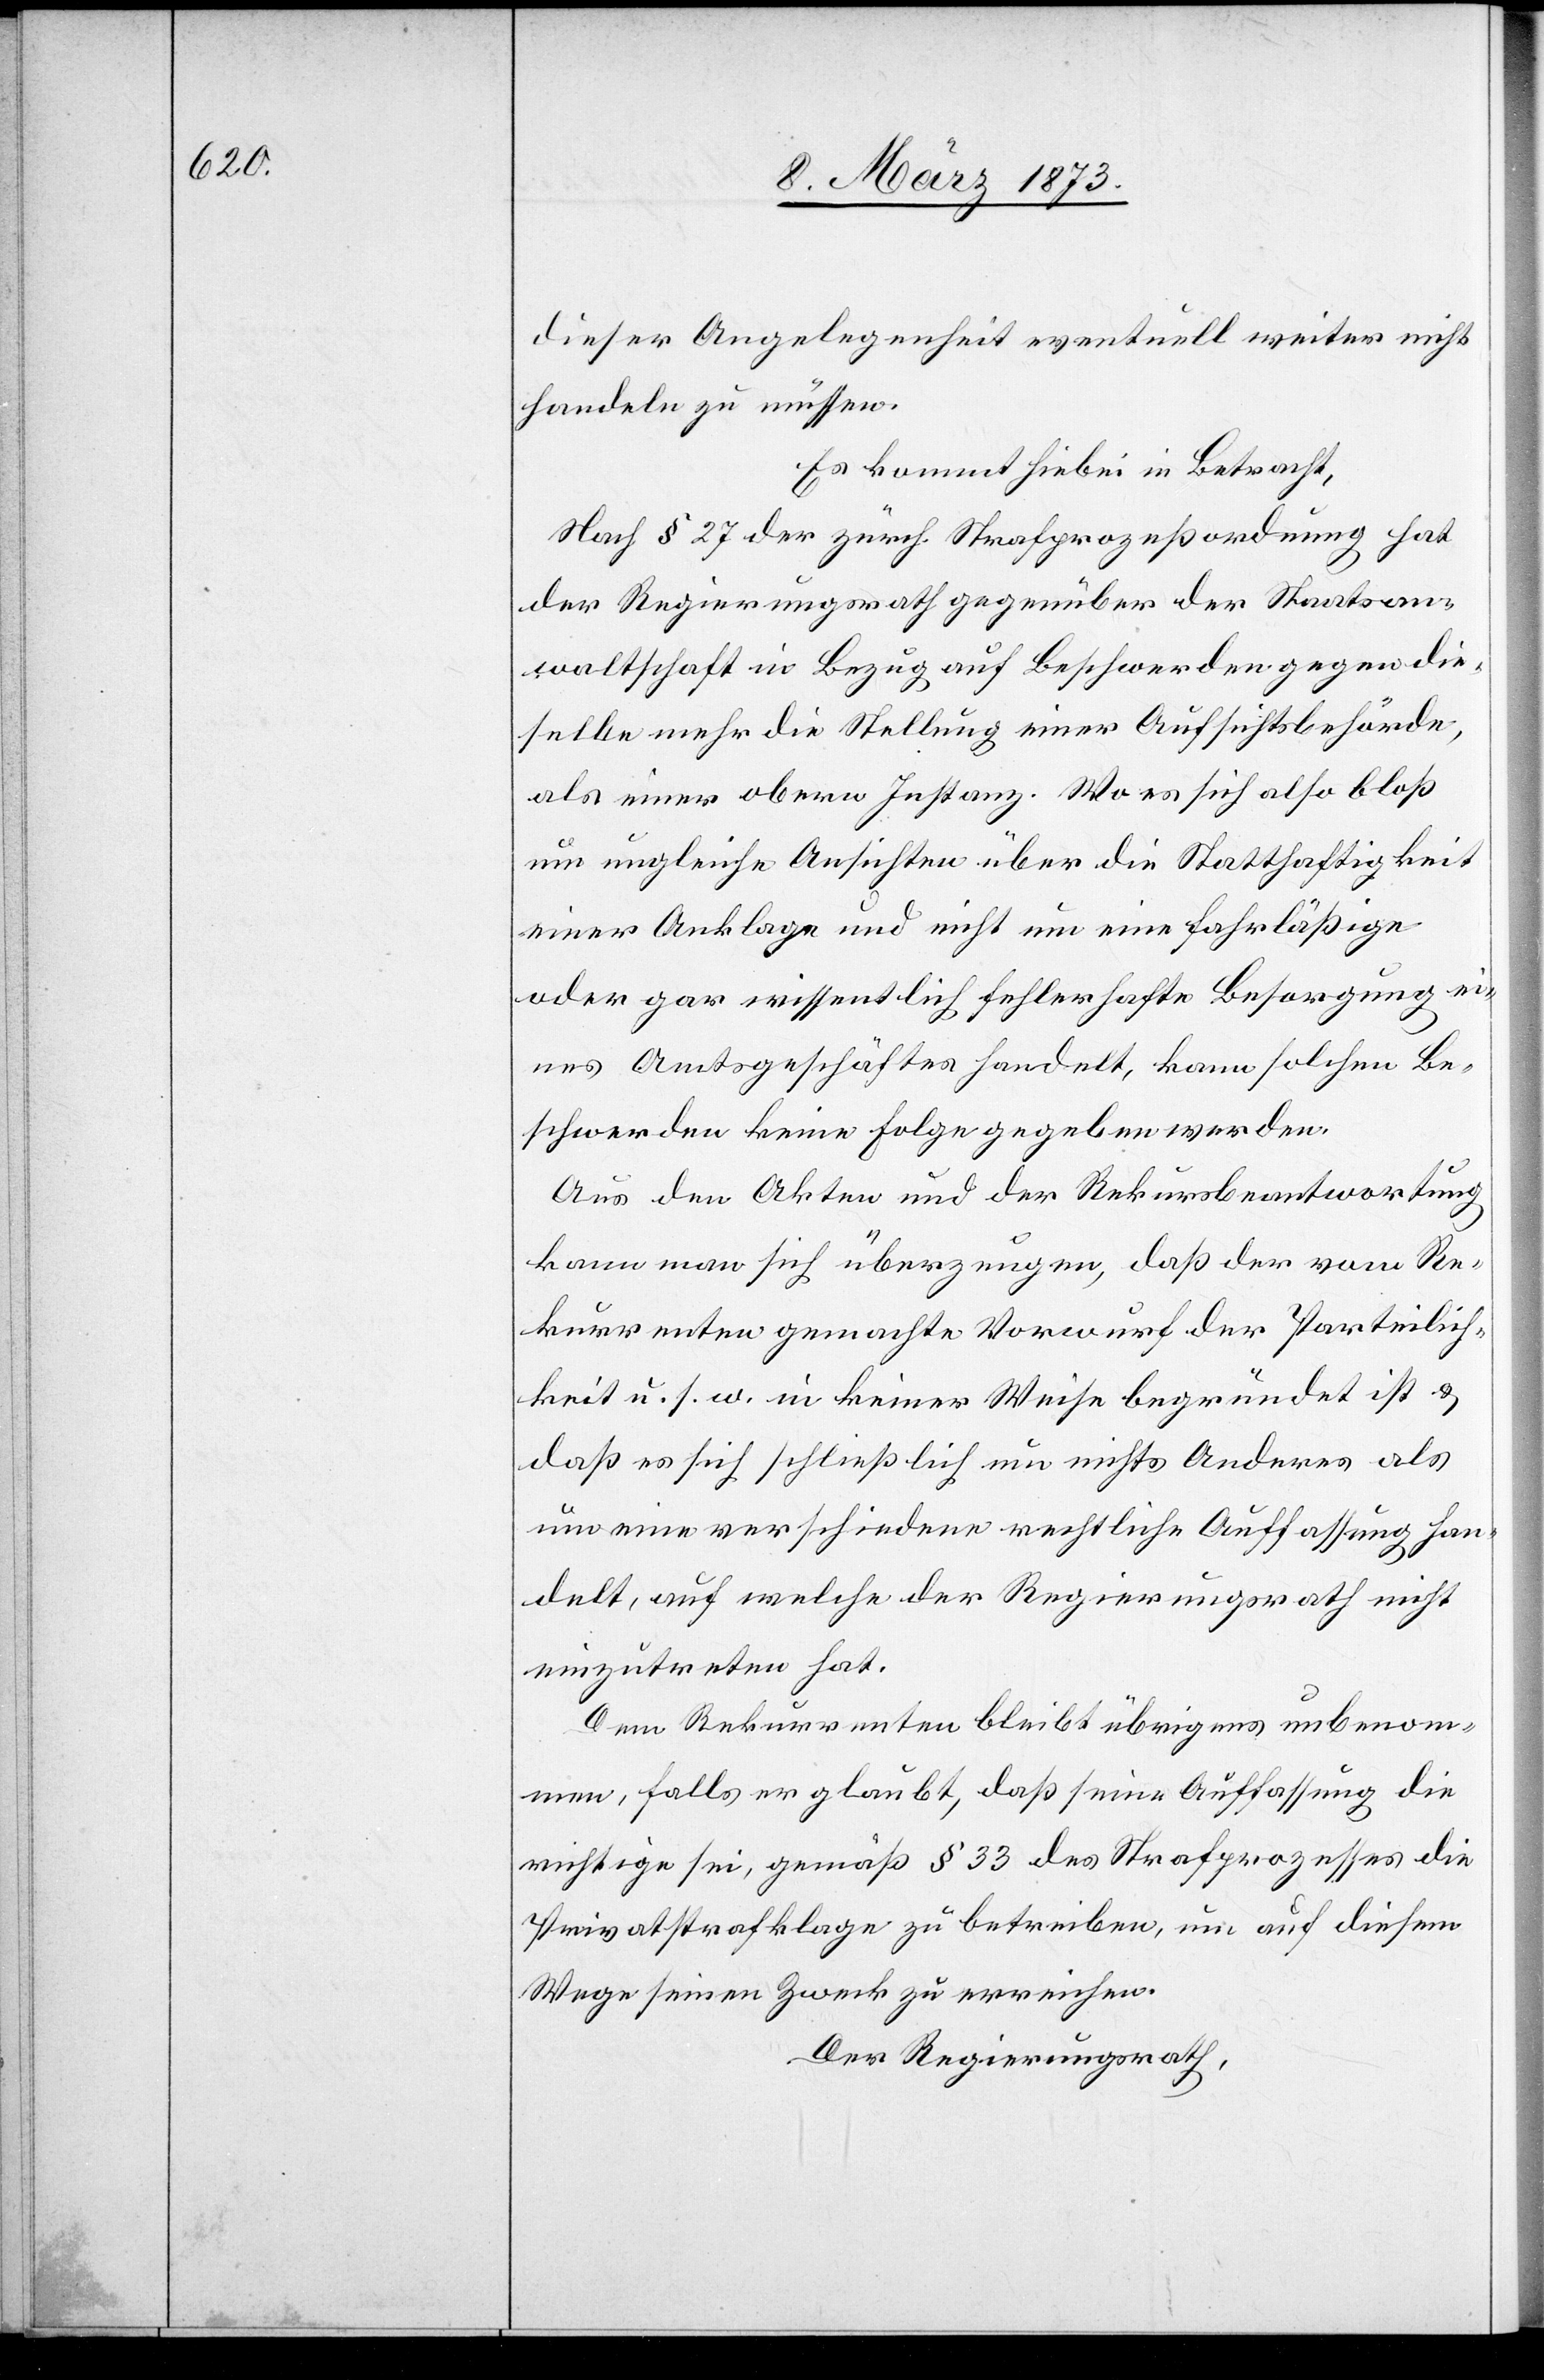
dieser Angelegenheit eventuell weiter nicht
handeln zu müssen.
Es kommt hiebei in Betracht,
Nach § 27 der zürch. Strafprozeßordnung hat
der Regierungsrath gegenüber der Staatsan¬
waltschaft in Bezug auf Beschwerden gegen die¬
selbe mehr die Stellung einer Aufsichtsbehörde,
als einer obern Instanz. Wo es sich also bloß
um ungleiche Ansichten über die Statthaftigkeit
einer Anklage und nicht um eine fahrläßige
oder gar wissentlich fehlerhafte Besorgung ei¬
nes Amtsgeschäftes handelt, kann solchen Be¬
schwerden keine Folge gegeben werden.
Aus den Akten und der Rekursbeantwortung
kann man sich überzeugen, daß der vom Re¬
kurrenten gemachte Vorwurf der Parteilich¬
keit u. s. w. in keiner Weise begründet ist u.
daß es sich schließlich um nichts Anderes als
um eine verschiedene rechtliche Auffassung han¬
delt, auf welche der Regierungsrath nicht
einzutreten hat.
Dem Rekurrenten bleibt übrigens unbenom¬
men, falls er glaubt, daß seine Auffassung die
richtige sei, gemäß § 33 des Strafprozesses die
Privatstrafklage zu betreiben, um auf diesem
Wege seinen Zweck zu erreichen.
Der Regierungsrath,